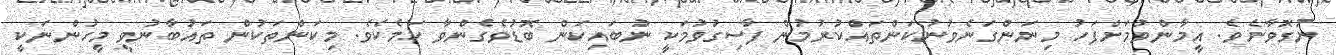
ނުގޮވާށެވެ. އީމާންވުމަށްފަހު މިނަންގަނެވުނުކަންތައްކުރުމުން ފާސިގުވުމަކީ ނުބައިކަން ބޮޑުވެގެންވާ ކަމެކެވެ. މިކަންތަކުން ތައުބާނުވީ މީހުންނަކީ